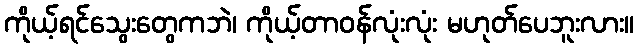
ကိုယ့်ရင်သွေးတွေကဘဲ၊ ကိုယ့်တာဝန်လုံးလုံး မဟုတ်ပေဘူးလား။